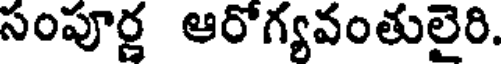
సంపూర్ణ ఆరోగ్యవంతులైరి.